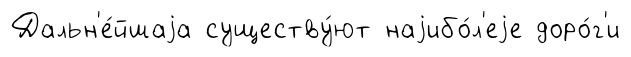
Дальн'е́йшаjа существу́ют наjибо́л'еjе доро́г'и